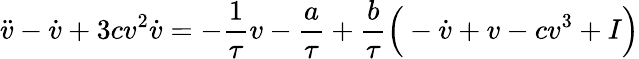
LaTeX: \ddot{v}-\dot{v}+3cv^{2}\dot{v}=-\frac{1}{\tau}v-\frac{a}{\tau}+\frac{b}{\tau}\Big(-\dot{v}+v-cv^{3}+I\Big)